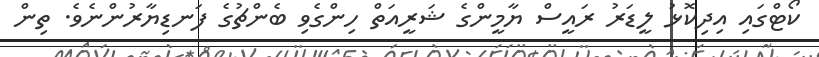
ކޯޓްގައި އިދިކޮޅު ލީޑަރު ރަައީސް ޔާމީންގެ ޝަރީއަތް ހިންގެވި ބެންޗުގެ ފަނޑިޔާރުންނެވެ. ތިން